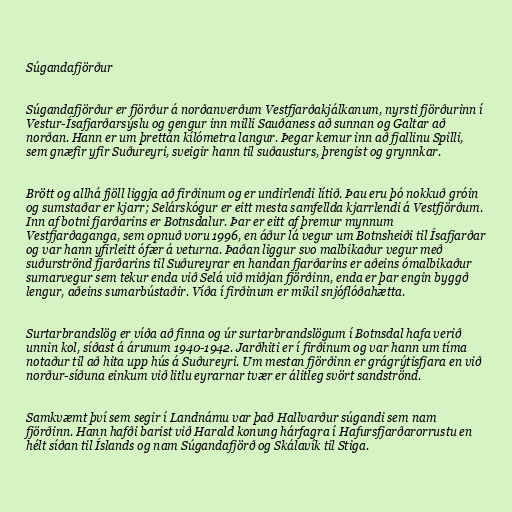
Súgandafjörður

Súgandafjörður er fjörður á norðanverðum Vestfjarðakjálkanum, nyrsti fjörðurinn í
Vestur-Ísafjarðarsýslu og gengur inn milli Sauðaness að sunnan og Galtar að
norðan. Hann er um þrettán kílómetra langur. Þegar kemur inn að fjallinu Spilli,
sem gnæfir yfir Suðureyri, sveigir hann til suðausturs, þrengist og grynnkar.

Brött og allhá fjöll liggja að firðinum og er undirlendi lítið. Þau eru þó nokkuð gróin
og sumstaðar er kjarr; Selárskógur er eitt mesta samfellda kjarrlendi á Vestfjörðum.
Inn af botni fjarðarins er Botnsdalur. Þar er eitt af þremur mynnum
Vestfjarðaganga, sem opnuð voru 1996, en áður lá vegur um Botnsheiði til Ísafjarðar
og var hann yfirleitt ófær á veturna. Þaðan liggur svo malbikaður vegur með
suðurströnd fjarðarins til Suðureyrar en handan fjarðarins er aðeins ómalbikaður
sumarvegur sem tekur enda við Selá við miðjan fjörðinn, enda er þar engin byggð
lengur, aðeins sumarbústaðir. Víða í firðinum er mikil snjóflóðahætta.

Surtarbrandslög er víða að finna og úr surtarbrandslögum í Botnsdal hafa verið
unnin kol, síðast á árunum 1940-1942. Jarðhiti er í firðinum og var hann um tíma
notaður til að hita upp hús á Suðureyri. Um mestan fjörðinn er grágrýtisfjara en við
norður-síðuna einkum við litlu eyrarnar tvær er álitleg svört sandströnd.

Samkvæmt því sem segir í Landnámu var það Hallvarður súgandi sem nam
fjörðinn. Hann hafði barist við Harald konung hárfagra í Hafursfjarðarorrustu en
hélt síðan til Íslands og nam Súgandafjörð og Skálavík til Stiga.